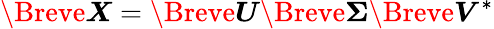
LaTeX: \Breve{\boldsymbol{X}}=\Breve{\boldsymbol{U}}\Breve{\boldsymbol{\Sigma}}\Breve{\boldsymbol{V}}^{*}